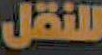
للنقل